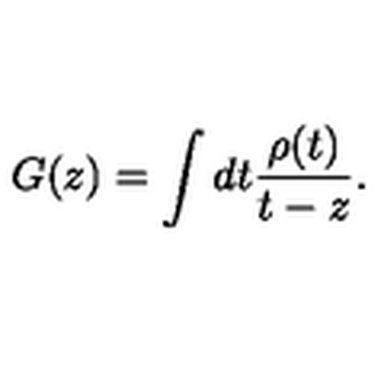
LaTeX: G ( z ) = \int d t \frac { \rho ( t ) } { t - z } .